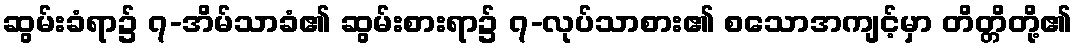
ဆွမ်းခံရာ၌ ၇-အိမ်သာခံ၏ ဆွမ်းစားရာ၌ ၇-လုပ်သာစား၏ စသောအကျင့်မှာ တိတ္တိတို့၏